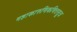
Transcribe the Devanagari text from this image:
महाकारुणिकचित्तसूत्र